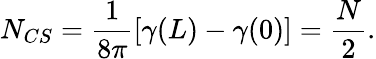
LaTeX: N_{CS}=\frac{1}{8\pi}[\gamma(L)-\gamma(0)]=\frac{N}{2}.